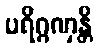
ပရိဂ္ဂဏှန္တိ